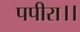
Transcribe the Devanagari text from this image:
पपीरा।।